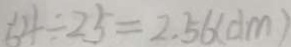
6 4 \div 2 5 = 2 . 5 6 ( d m )